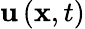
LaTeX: {\mathbf u}\left({\mathbf x},t\right)